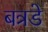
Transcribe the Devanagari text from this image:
बत्रडे